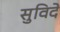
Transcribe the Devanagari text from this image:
सुविदे